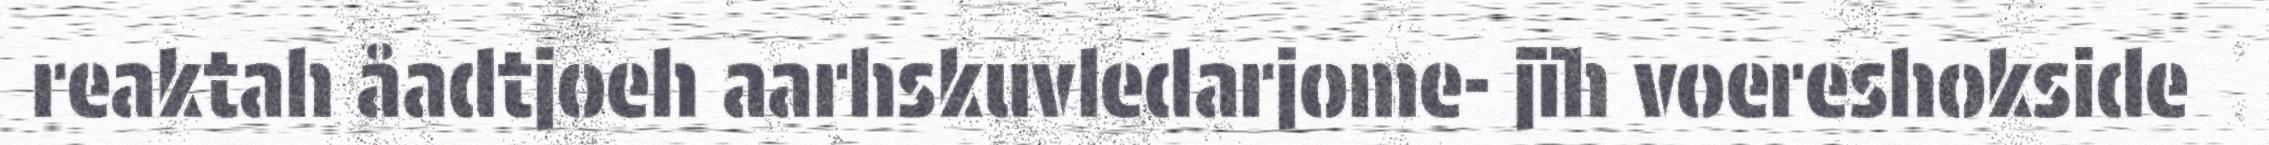
reaktah åadtjoeh aarhskuvledarjome- jïh voereshokside